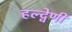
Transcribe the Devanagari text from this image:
हल्द्वेणी